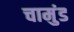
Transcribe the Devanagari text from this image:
चामुंड